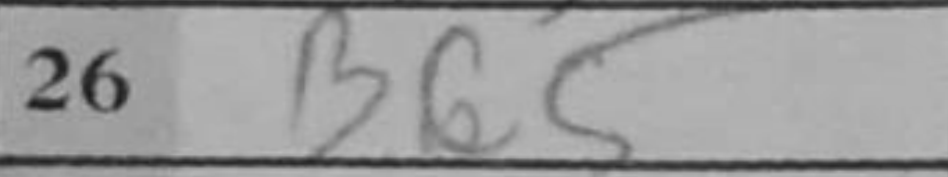
Transcription: Bc5